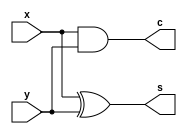
module half_adder(x,y,s,c);
   input x,y;
   output s,c;
   assign s=x^y;
   assign c=x&y;
endmodule 


module full_adder(x,y,c_in,s,c_out);
   input x,y,c_in;
   output s,c_out;
 assign s = (x^y) ^ c_in;
 assign c_out =((x^y)&c_in)| (x&y) ;
endmodule